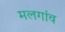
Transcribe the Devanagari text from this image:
मलगांव